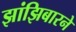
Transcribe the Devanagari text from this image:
झांझिबारने